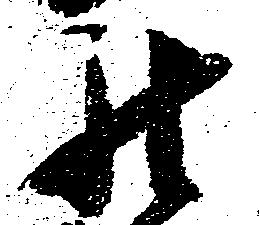
罷